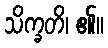
သိက္ခတိ၊ ၏။